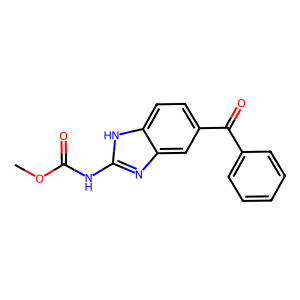
SMILES: COC(=O)Nc1nc2cc(C(=O)c3ccccc3)ccc2[nH]1
Inhibits HIV replication: No